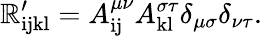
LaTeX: \mathbb{R}_{\mathrm{{ijkl}}}^{\prime}=A_{\mathrm{{ij}}}^{\mu\nu}A_{\mathrm{{kl}}}^{\sigma\tau}\delta_{\mu\sigma}\delta_{\nu\tau}.